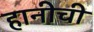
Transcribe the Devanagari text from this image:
हानीची